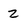
Character: 2